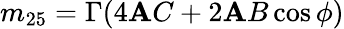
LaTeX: m_{25}=\Gamma(4\mathbf{A}C+2\mathbf{A}B\cos\phi)